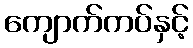
ကျောက်ကပ်နှင့်